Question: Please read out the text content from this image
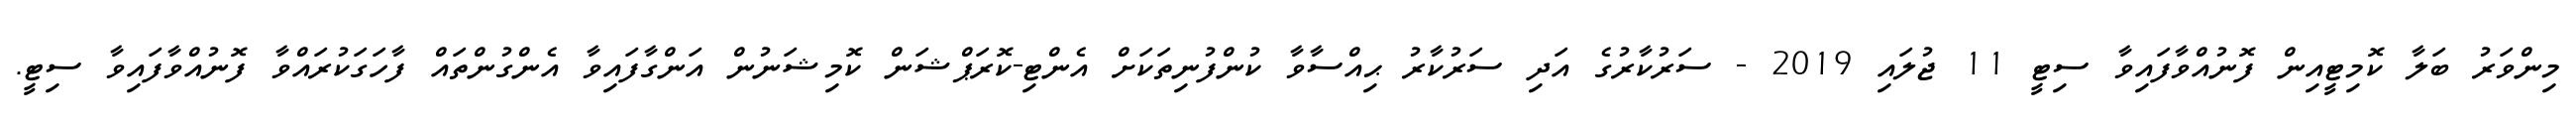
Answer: މިންވަރު ބަލާ ކޮމިޓީއިން ފޮނުއްވާފައިވާ ސިޓީ 11 ޖުލައި 2019 - ސަރުކާރުގެ އަދި ސަރުކާރު ޙިއްސާވާ ކުންފުނިތަކަށް އެންޓި-ކޮރަޕްޝަން ކޮމިޝަނުން އަންގާފައިވާ އެންގުންތައް ފާހަގަކުރައްވާ ފޮނުއްވާފައިވާ ސިޓީ.